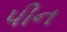
પીન